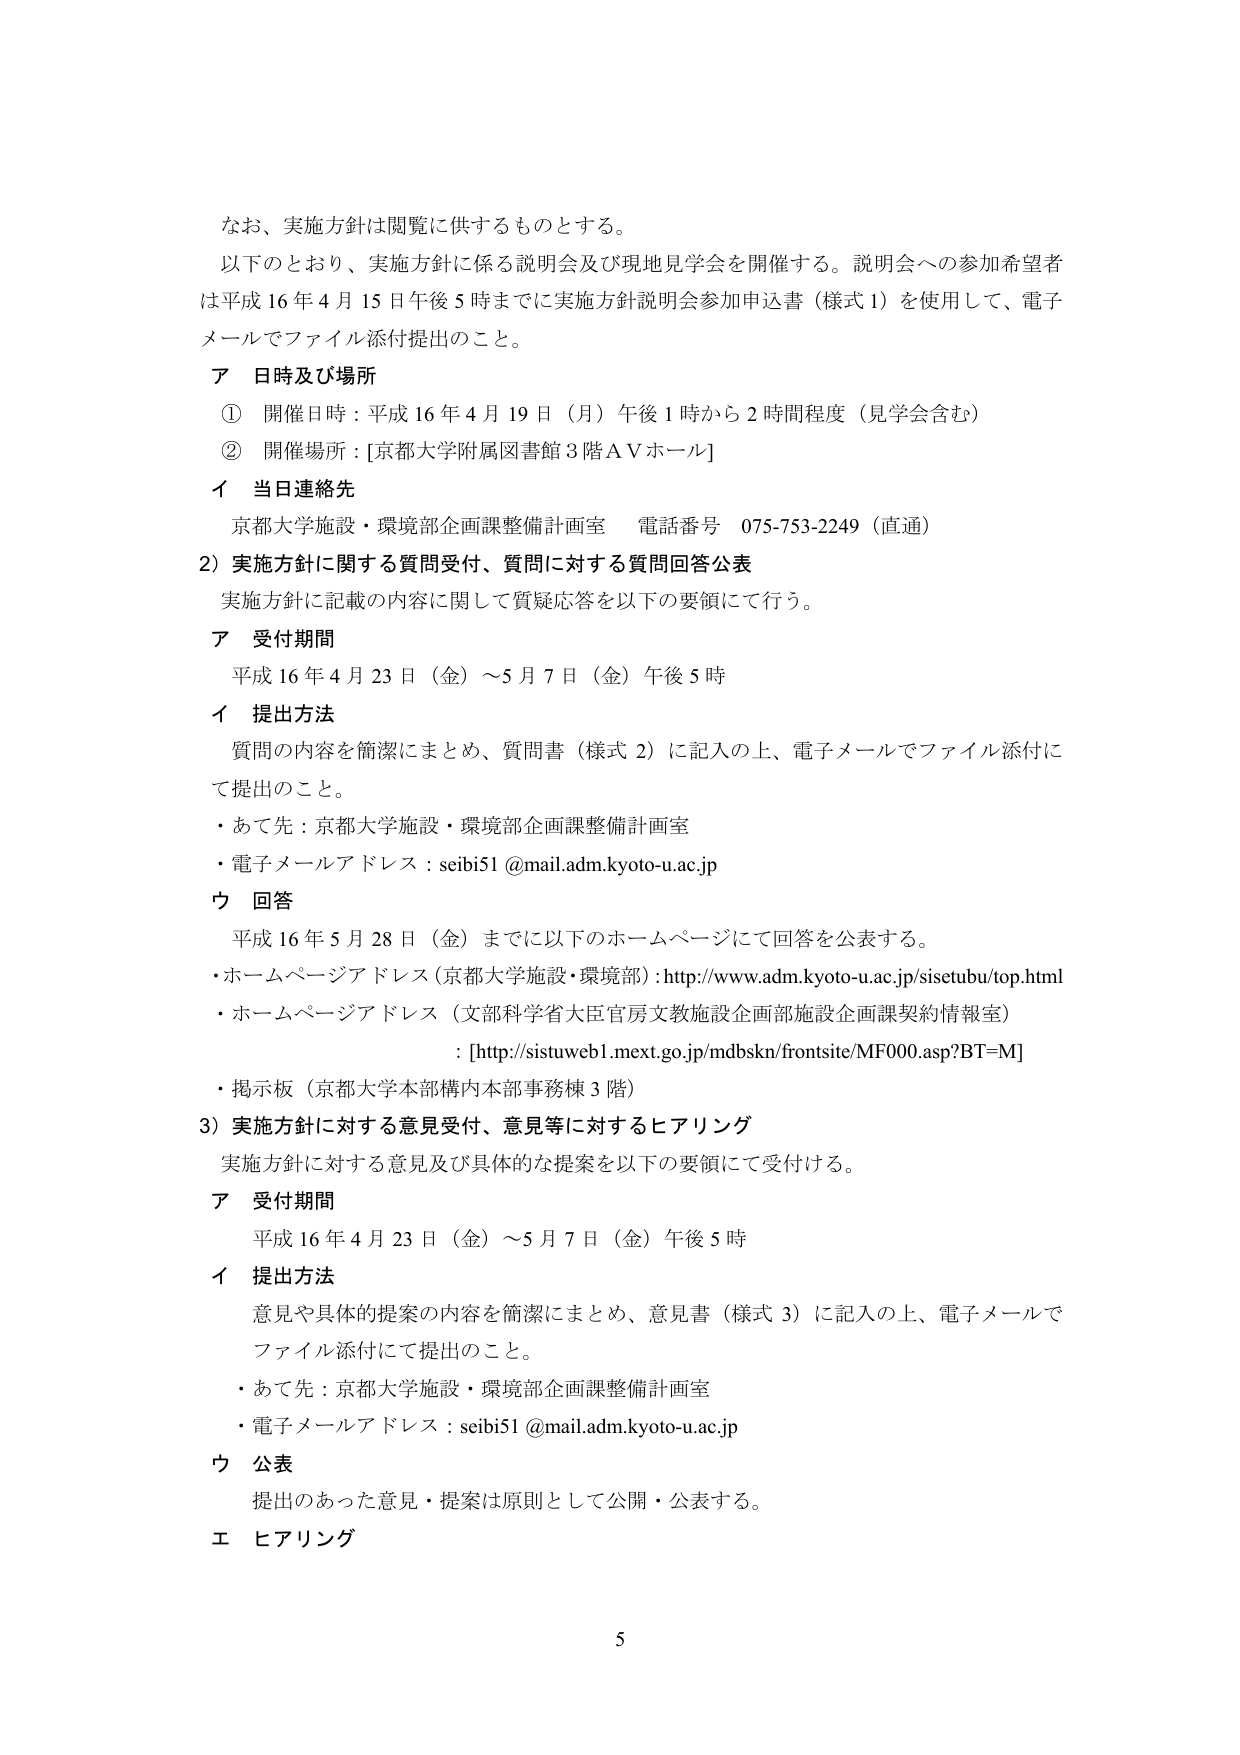
なお、実施方針は閲覧に供するものとする。
以下のとおり、実施方針に係る説明会及び現地見学会を開催する。説明会への参加希望者は平成16年4月15日午後5時までに実施方針説明会参加申込書（様式1）を使用して、電子メールでファイル添付提出のこと。

ア 日時及び場所
① 開催日時：平成16年4月19日（月）午後1時から2時間程度（見学会含む）
② 開催場所：[京都大学附属図書館3階ＡＶホール]

イ 当日連絡先
京都大学施設・環境部企画課整備計画室 電話番号 075-753-2249（直通）

2）実施方針に関する質問受付、質問に対する質問回答公表
実施方針に記載の内容に関して質疑応答を以下の要領にて行う。

ア 受付期間
平成16年4月23日（金）～5月7日（金）午後5時

イ 提出方法
質問の内容を簡潔にまとめ、質問書（様式2）に記入の上、電子メールでファイル添付にて提出のこと。
・あて先：京都大学施設・環境部企画課整備計画室
・電子メールアドレス：seibi51@mail.adm.kyoto-u.ac.jp

ウ 回答
平成16年5月28日（金）までに以下のホームページにて回答を公表する。
・ホームページアドレス（京都大学施設・環境部）：http://www.adm.kyoto-u.ac.jp/sisetubu/top.html
・ホームページアドレス（文部科学省大臣官房文教施設企画部施設企画課契約情報室）：[http://sistuweb1.mext.go.jp/mdbskn/frontsite/MF000.asp?BT=M]
・掲示板（京都大学本部構内本部事務棟3階）

3）実施方針に対する意見受付、意見等に対するヒアリング
実施方針に対する意見及び具体的な提案を以下の要領にて受付ける。

ア 受付期間
平成16年4月23日（金）～5月7日（金）午後5時

イ 提出方法
意見や具体的提案の内容を簡潔にまとめ、意見書（様式3）に記入の上、電子メールでファイル添付にて提出のこと。
・あて先：京都大学施設・環境部企画課整備計画室
・電子メールアドレス：seibi51@mail.adm.kyoto-u.ac.jp

ウ 公表
提出のあった意見・提案は原則として公開・公表する。

エ ヒアリング

5